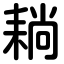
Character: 耥